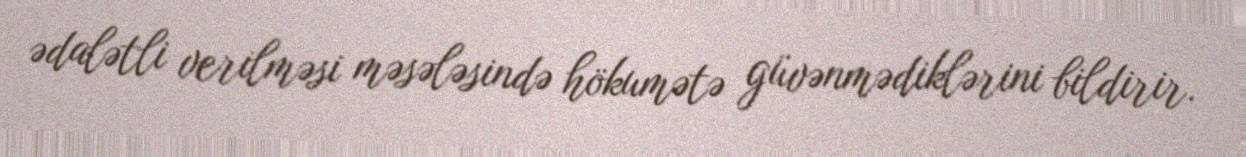
ədalətli verilməsi məsələsində hökumətə güvənmədiklərini bildirir.